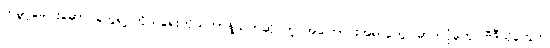
ကမ္ဘာ့ခေါင်းဆောင်တွေရဲ့ ကိုယ်ရေးကိုယ်တာနဲ့သက်ဆိုင်တဲ့ အကြောင်းအရာတွေ၊ ဓာတ်ပုံတွေ၊ ဗီဒီယိုတွေက